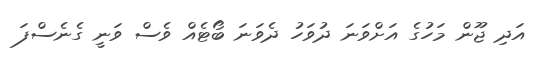
އަދި ޖޫން މަހުގެ އަށްވަނަ ދުވަހު ދެވަނަ ބޯޓެއް ވެސް ވަނީ ގެނެސްފަ